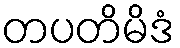
တပတိမိဒံ